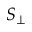
S _ { \perp }